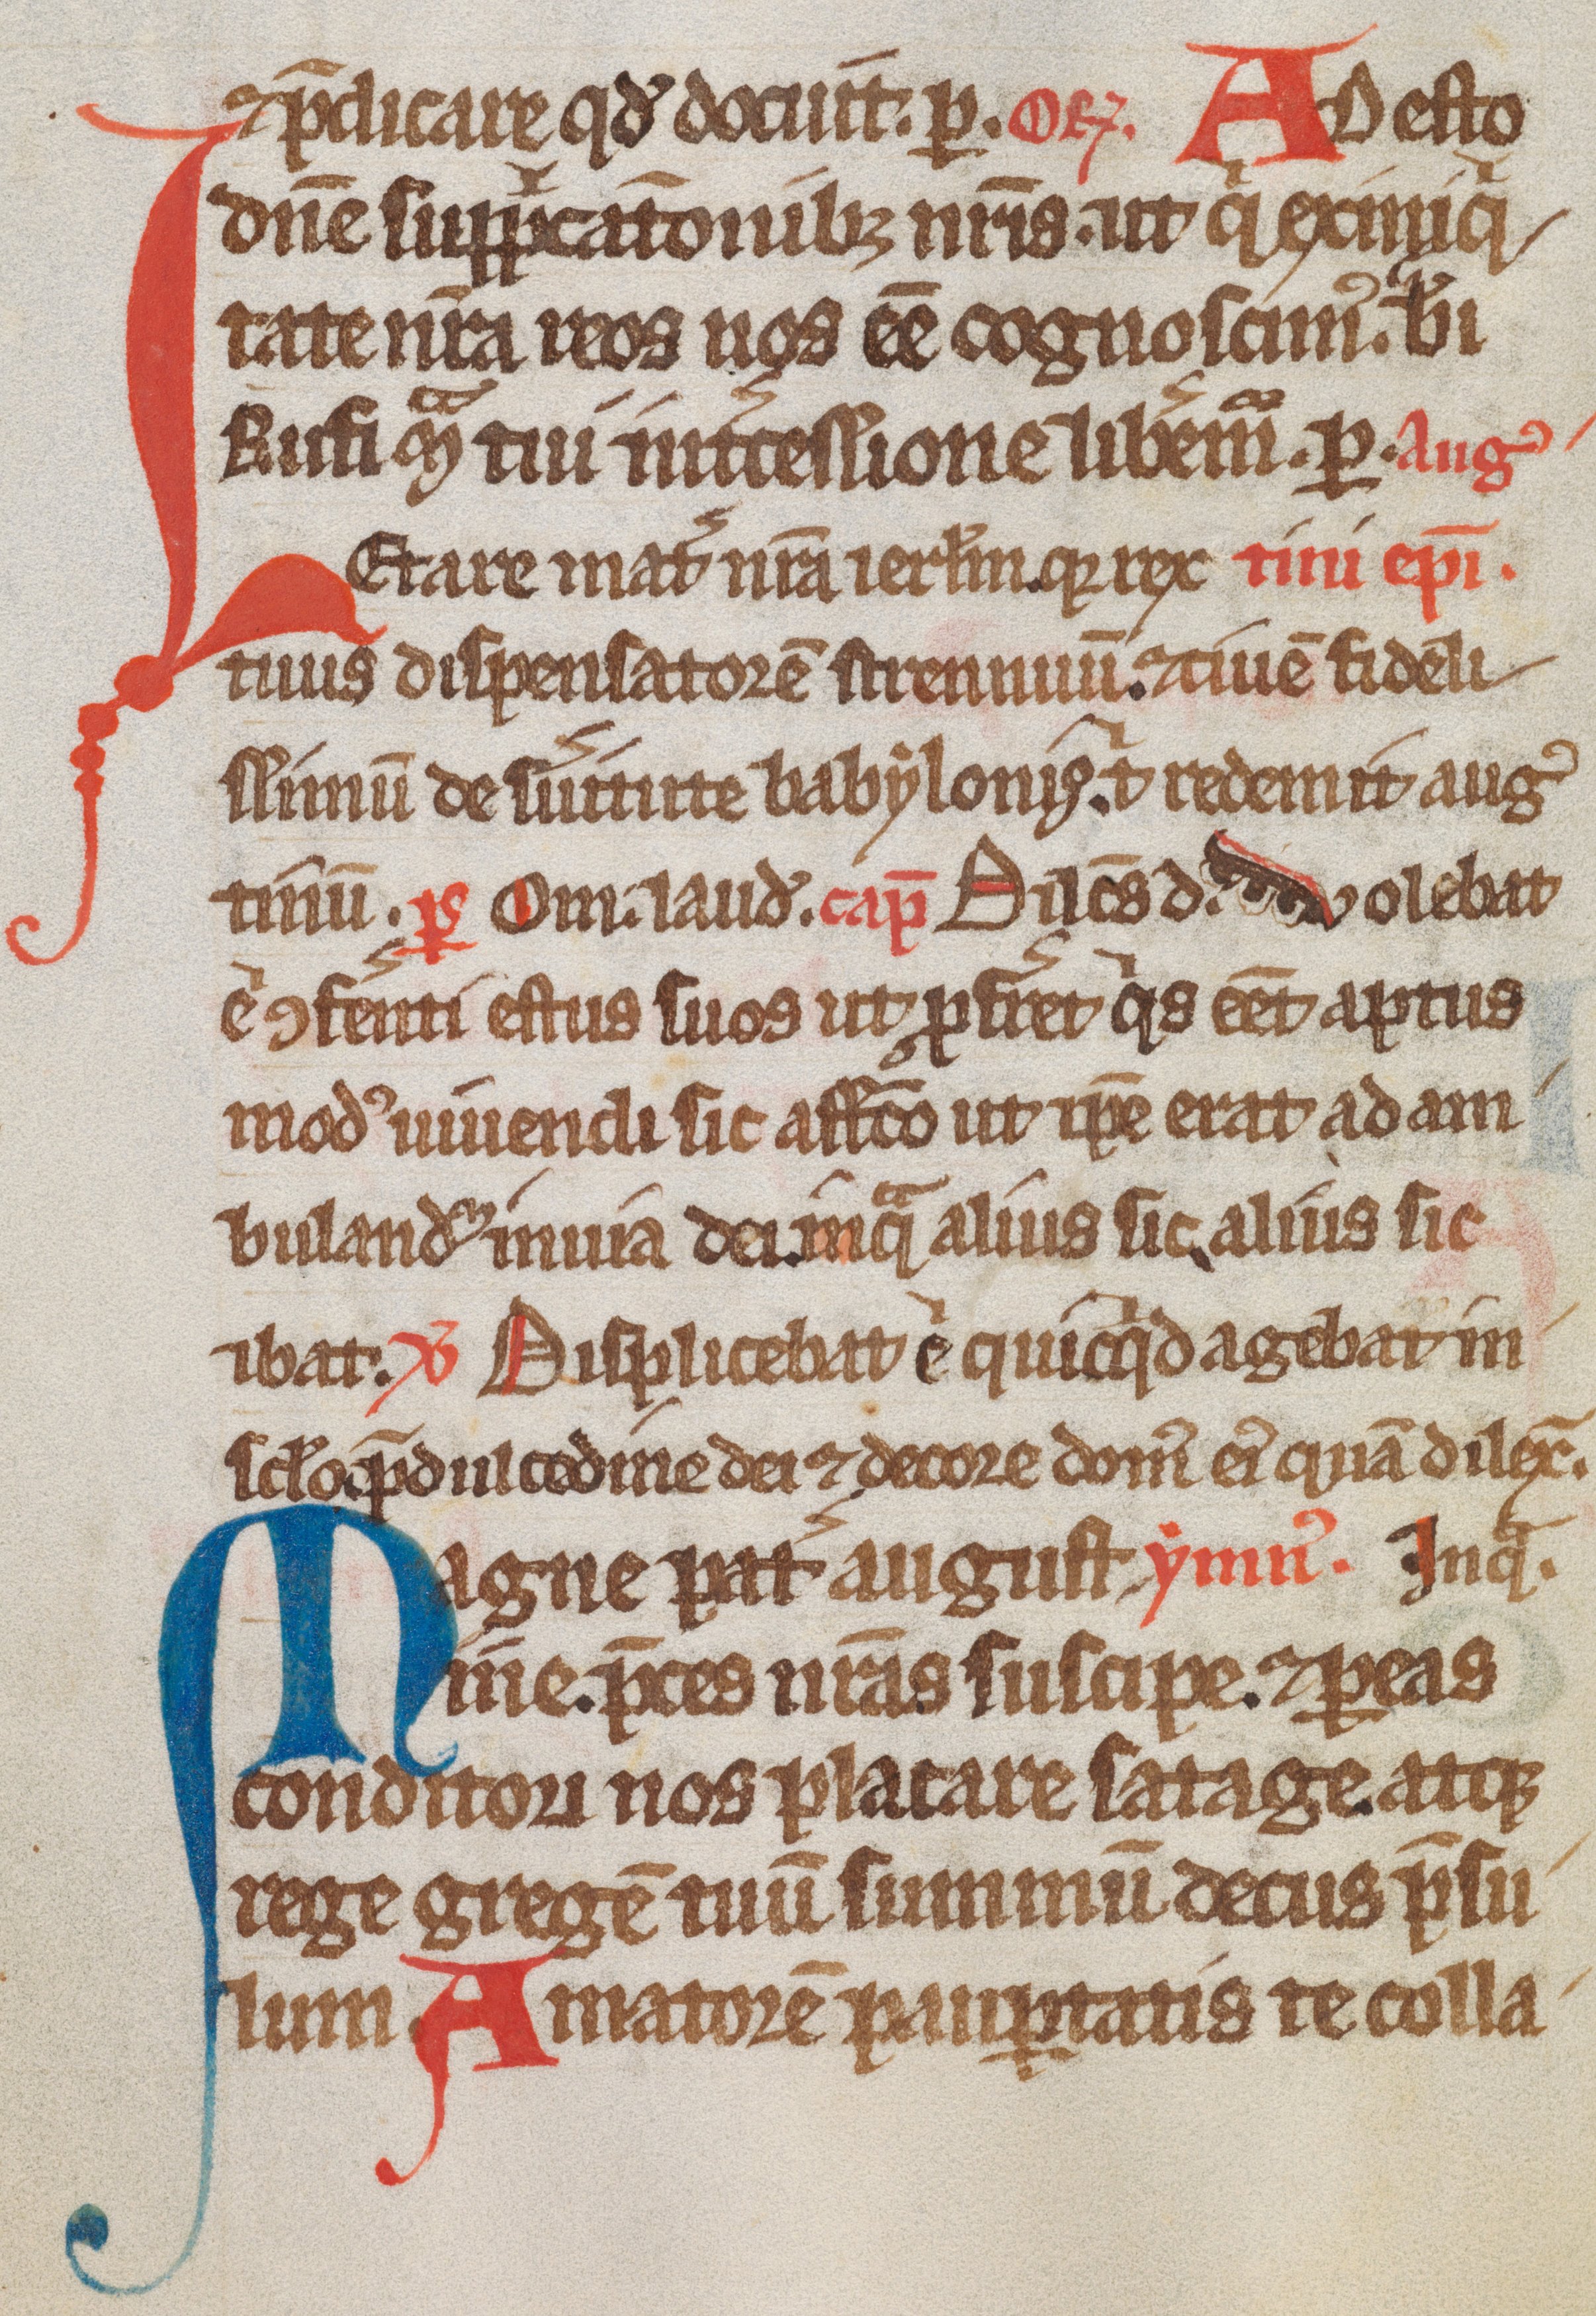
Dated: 1300–1349